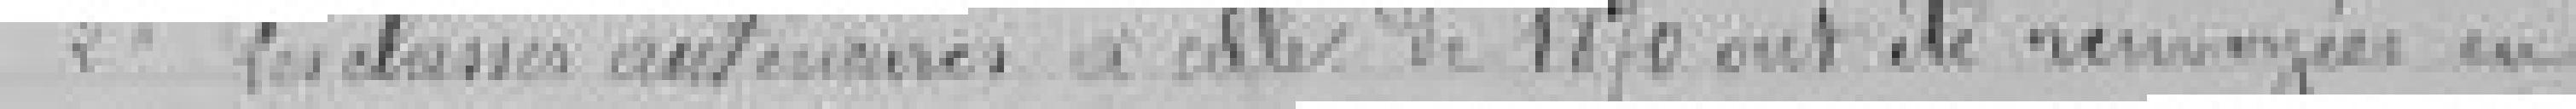
2° les classes antérieures a celle de 1870 ont été renvoyées en